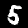
Label: 5